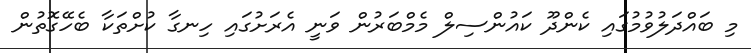
މި ބައްދަލުވުމުގައި ކެންދޫ ކައުންސިލް މެމްބަރުން ވަނީ އެރަށުގައި ހިނގާ ކުށްތަކާ ބެހޭގޮތުން